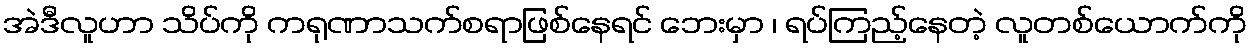
အဲဒီလူဟာ သိပ်ကို ကရုဏာသက်စရာဖြစ်နေရင် ဘေးမှာ ၊ ရပ်ကြည့်နေတဲ့ လူတစ်ယောက်ကို